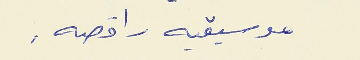
موسيقيه راقصه .